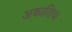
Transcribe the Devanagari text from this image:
अकाडिया